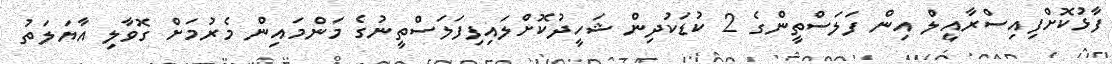
ފާޅުކޮށްފިއިސްރާއީލް އިން ފަލަސްތީންގެ 2 ކުޑަކުދިން ޝަހީދުކޮށްލައިފިފަލަސްތީނުގެ މަންމައިން މެރުމަށް ގޮވާލި އާޔަލަތު